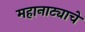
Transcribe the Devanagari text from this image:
महानाट्याचे